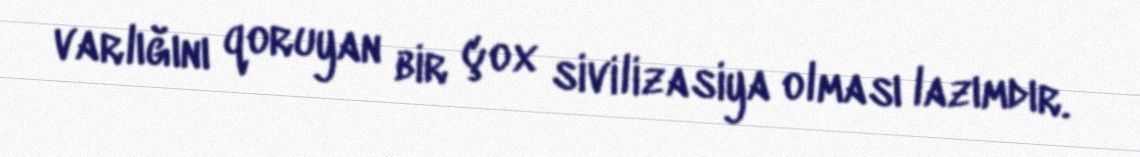
varlığını qoruyan bir çox sivilizasiya olması lazımdır.